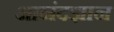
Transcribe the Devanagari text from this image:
आनंदज्ञान